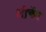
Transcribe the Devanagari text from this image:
श़ीचेंग